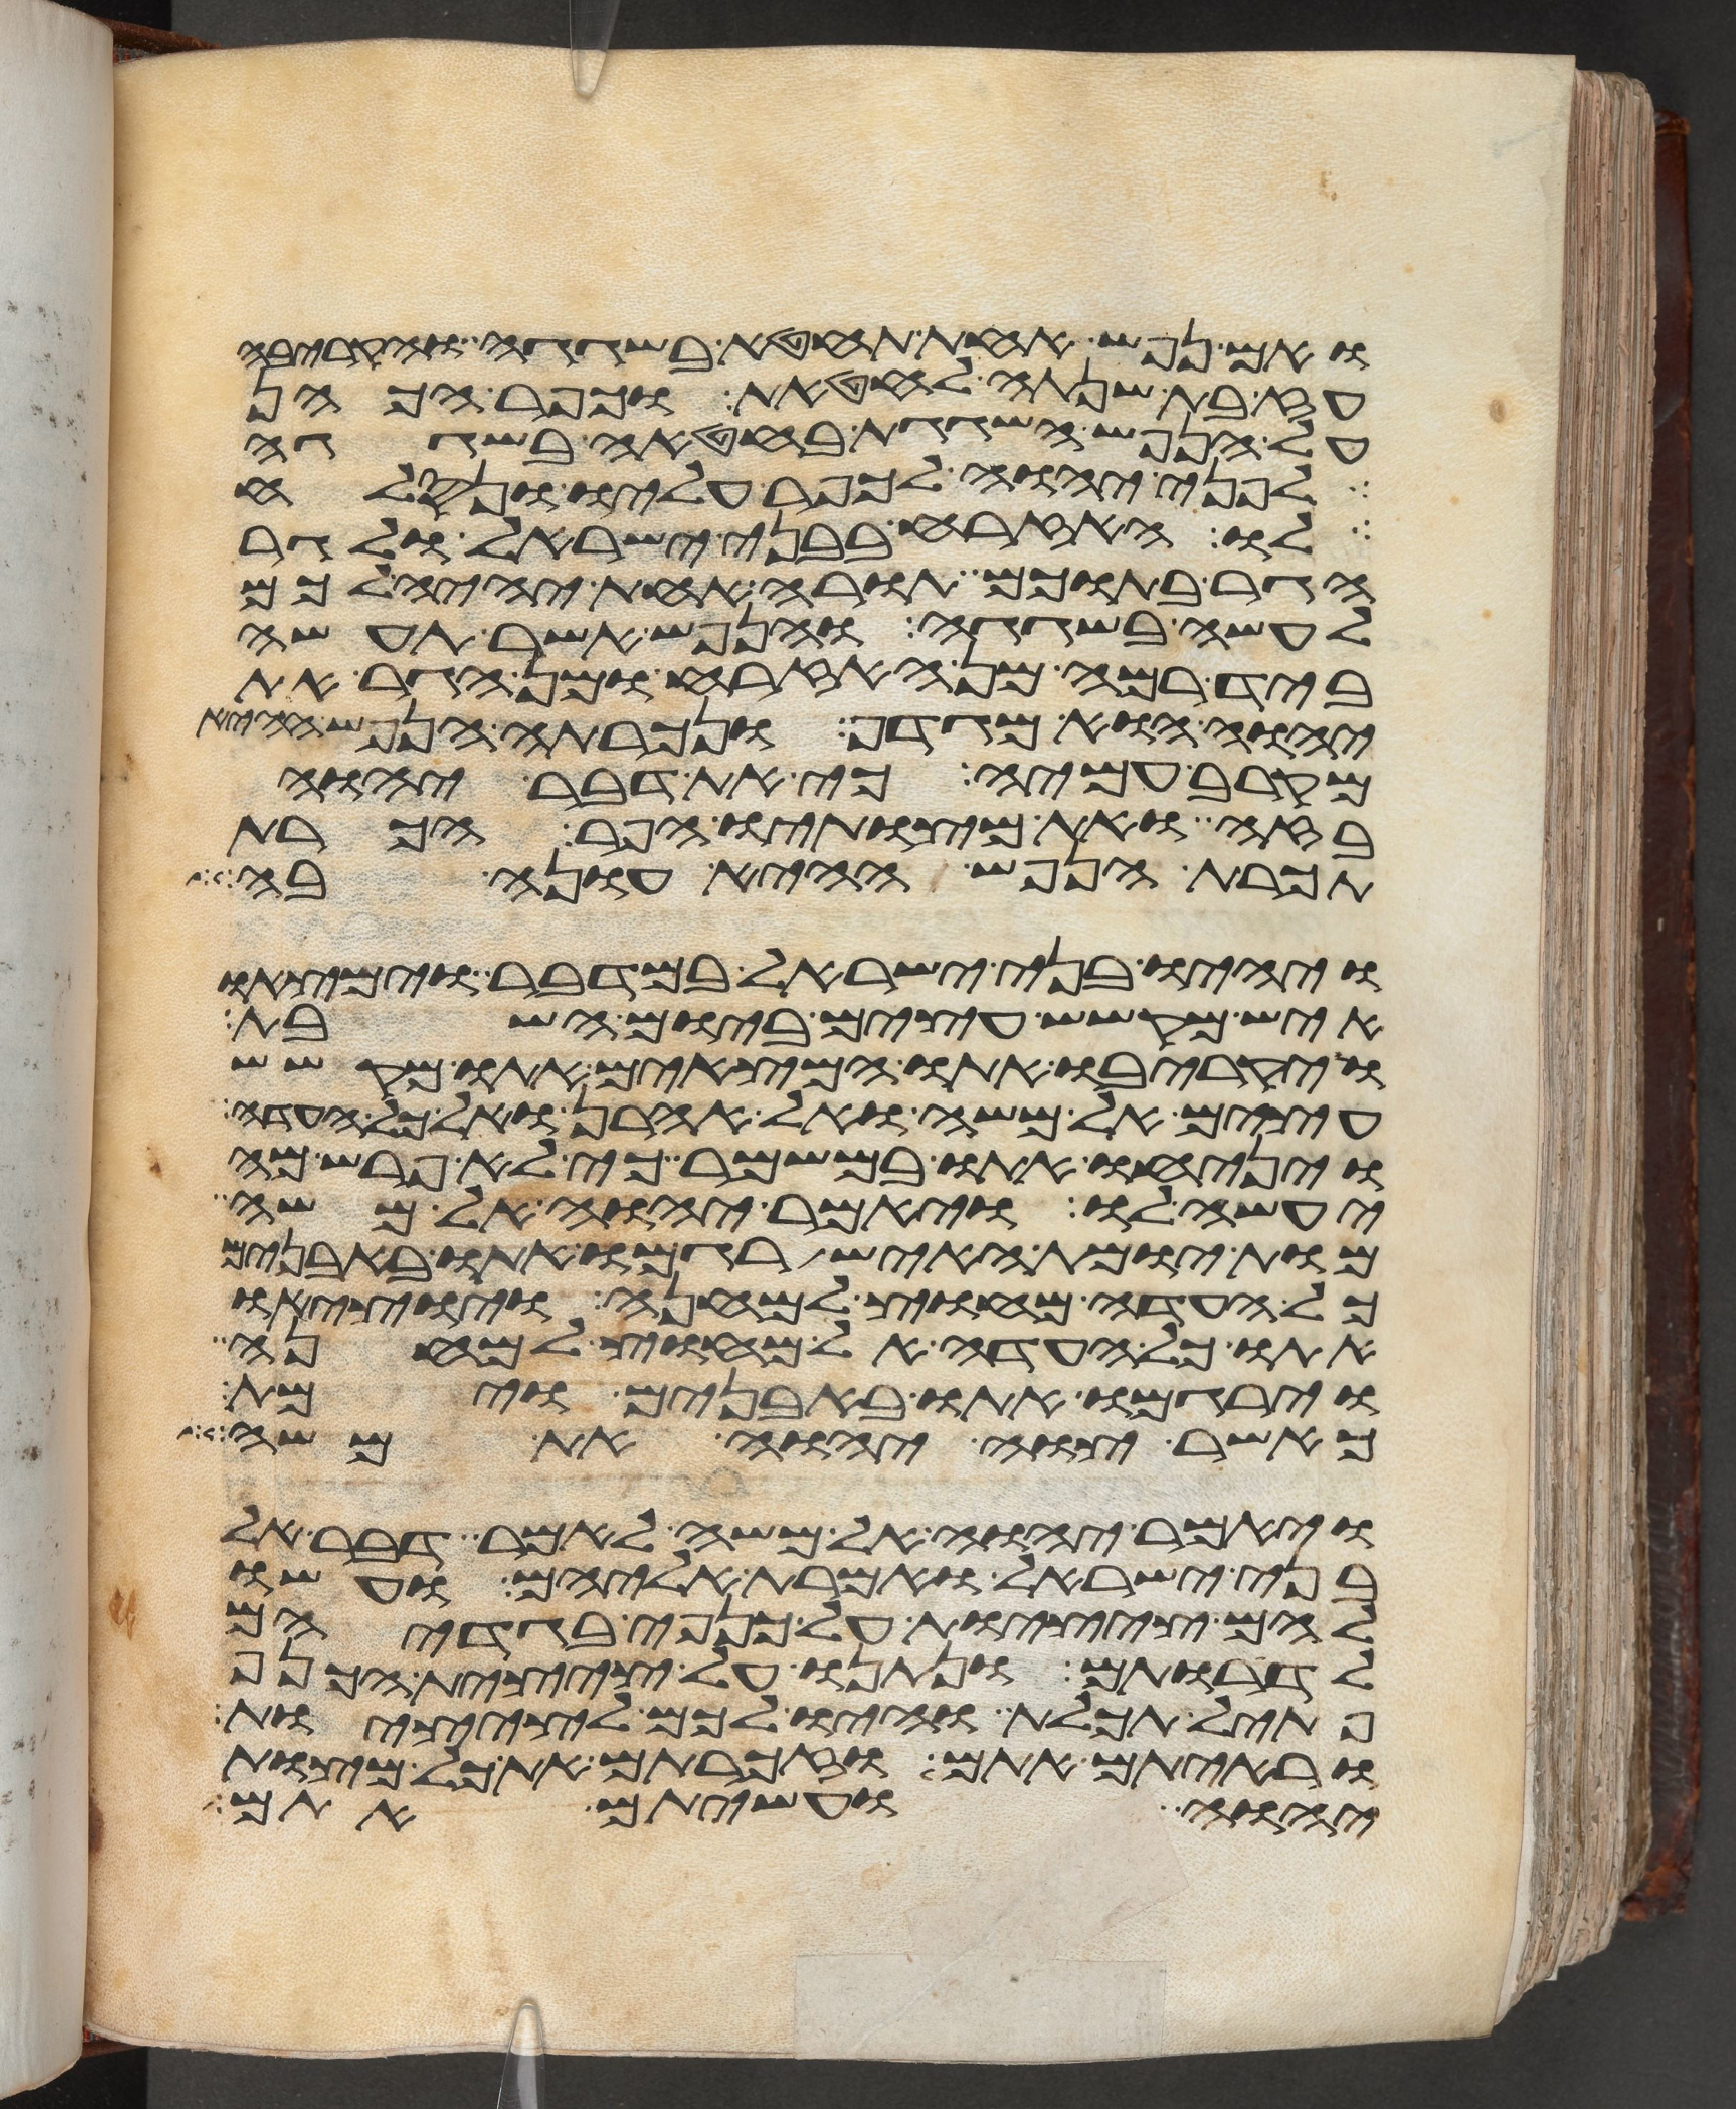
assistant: ואם נפש אחת תחטא בשגגה והקריבה
עז בת שנתה לחטאת וכפר הכהן
על הנפש השגגת בחטאה בשגגה
לפני יהוה לכפר עליו ונסלח
לו האזרח בבני ישראל ולגר
הגר בתוכם תורה אחת יהיה לכם
לעשה בשגגה והנפש אשר תעשה
ביד רמה מן האזרח ומן הגר את
יהוה הוא מגדף ונכרתה הנפש ההיא
מקרב עמיה כי את דבר יהוה
בזה ואת מצותיו הפר הכרת
תכרת הנפש ההיא עונה בה
ויהיו בני ישראל במדבר וימצאו
איש מקשש עצים ביום השבת
ויקריבו אתו המצאים אתו מקשש
עצים אל משה ואל אהרן ואל כל העדה
ויניחו אתו במשמר כי לא פרש מה
יעשה לו ויאמר יהוה אל משה
מות יומת האיש רגמו אתו באבנים
כל העדה מחוץ למחנה ויוציאו
אתו כל העדה אל מחוץ למחנה
וירגמו אתו באבנים וימת
כאשר צוה יהוה את משה
ויאמר יהוה אל משה לאמר דבר אל
בני ישראל ואמרת אליהם ועשו
להם ציצות על כנפי בגדיהם
לדרתם ונתנו על ציצית הכנף
פתיל תכלת והיו לכם לציצות
וראיתם אתם וזכרתם את כל מצות
יהוה ועשיתם אתם